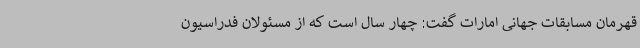
قهرمان مسابقات جهانی امارات گفت: چهار سال است که از مسئولان فدراسیون